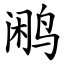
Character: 鹇